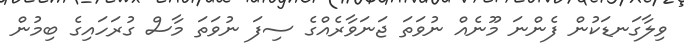
ވިލާގަނޑަކުން ފެންނަ މޫނެއް ނުވަތަ ޖަނަވާރެއްގެ ސިފަ ނުވަތަ މާސް ގުރަހައިގެ ބިމުން